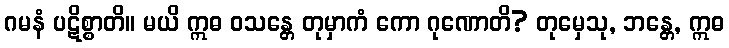
ဂမနံ ပဋိစ္စာတိ။ မယိ ဣဓ ဝသန္တေ တုမှာကံ ကော ဂုဏောတိ? တုမှေသု, ဘန္တေ, ဣဓ